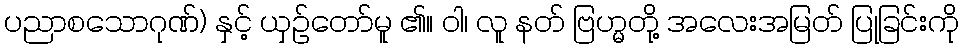
ပညာစသောဂုဏ်) နှင့် ယှဉ်တော်မူ ၏။ ဝါ၊ လူ နတ် ဗြဟ္မတို့ အလေးအမြတ် ပြုခြင်းကို